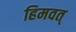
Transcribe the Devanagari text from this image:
हिमवत्‌